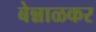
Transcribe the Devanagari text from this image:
बेन्नाळकर